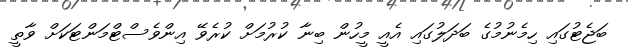
ބަޖެޓުގައި ހިމެނުމުގެ ބަދަލުގައި އެއީ މީހުން ބިނާ ކުރުމަށް ކުރެވޭ އިންވެސްޓްމަންޓަކަށް ވާތީ